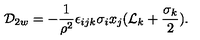
{ \cal D } _ { 2 w } = - { \frac { 1 } { { \rho } ^ { 2 } } } { \epsilon } _ { i j k } { \sigma } _ { i } x _ { j } ( { \cal L } _ { k } + \frac { { \sigma } _ { k } } { 2 } ) .